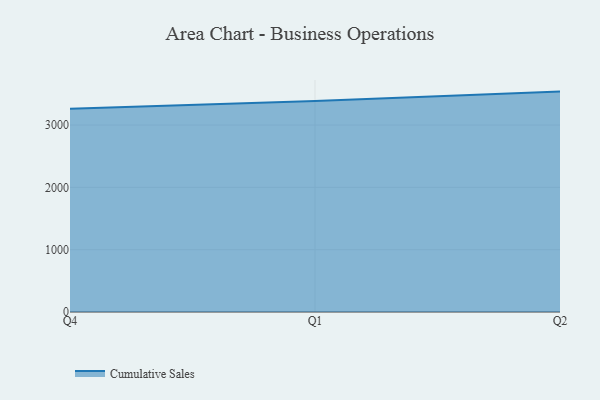
{"axis": {"x": "Quarter", "y": "Operating Costs (USD K)"}, "legend": ["Cumulative Sales"], "data": [{"x": "Q4", "y": 3263.1, "type": "Cumulative Sales"}, {"x": "Q1", "y": 3386.1, "type": "Cumulative Sales"}, {"x": "Q2", "y": 3536.5, "type": "Cumulative Sales"}]}